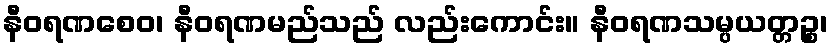
နီဝရဏစေဝ၊ နီဝရဏမည်သည် လည်းကောင်း။ နီဝရဏသမ္ပယတ္တဉ္စ၊